Report on plague and inoculation in the Punjab from October 1st ... to September 30th..., being the ... season of plague in the province
Disease focus: Plague
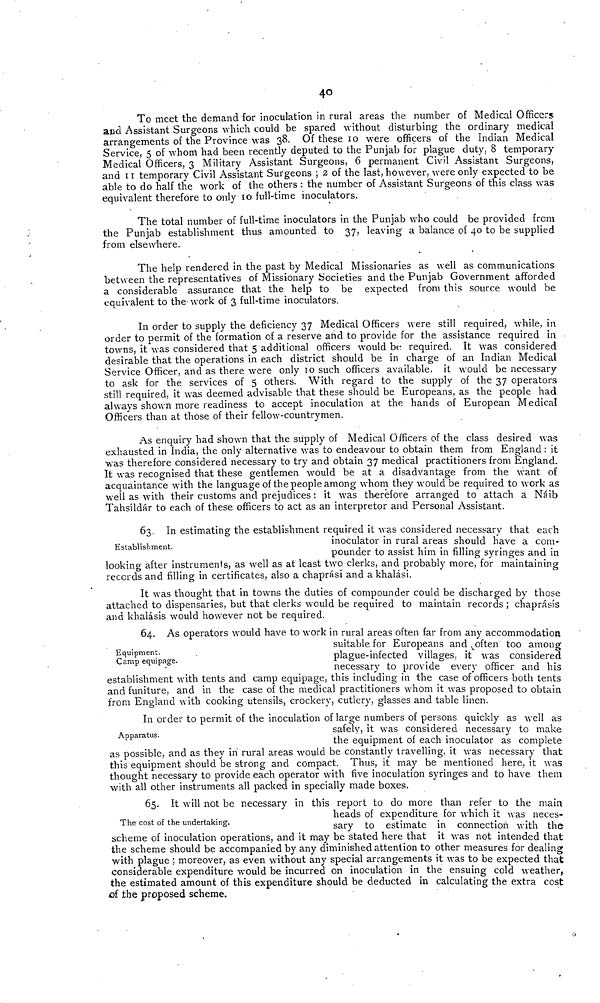
40
To meet the demand for inoculation in rural areas the number of Medical Officers
and Assistant Surgeons which could be spared without disturbing the ordinary medical
arrangements of the Province was 38. Of these 10 were officers of the Indian Medical
Service, 5 of whom had been recently deputed to the Punjab for plague duty, 8 temporary
Medical Officers, 3 Military Assistant Surgeons, 6 permanent Civil Assistant Surgeons,
and 11 temporary Civil Assistant Surgeons ; 2 of the last, however, were only expected to be
able to do half the work of the others : the number of Assistant Surgeons of this class was
equivalent therefore to only 10 full-time inoculators.
The total number of full-time inoculators in the Punjab who could be provided from
the Punjab establishment thus amounted to 37, leaving a balance of 40 to be supplied
from elsewhere.
The help rendered in the past by Medical Missionaries as well as communications
between the representatives of Missionary Societies and the Punjab Government afforded
a considerable assurance that the help to be expected from this source would be
equivalent to the work of 3 full-time inoculators.
In order to supply the deficiency 37 Medical Officers were still required, while, in
order to permit of the formation of a reserve and to provide for the assistance required in
towns, it was considered that 5 additional officers would be required. It was considered
desirable that the operations in each district should be in charge of an Indian Medical
Service Officer, and as there were only 10 such officers available, it would be necessary
to ask for the services of 5 others. With regard to the supply of the 37 operators
still required, it was deemed advisable that these should be Europeans, as the people had
always shown more readiness to accept inoculation at the hands of European Medical
Officers than at those of their fellow-countrymen.
As enquiry had shown that the supply of Medical Officers of the class desired was
exhausted in India, the only alternative was to endeavour to obtain them from England : it
was therefore considered necessary to try and obtain 37 medical practitioners from England.
It was recognised that these gentlemen would be at a disadvantage from the want of
acquaintance with the language of the people among whom they would be required to work as
well as with their customs and prejudices : it was therefore arranged to attach a Náib
Tahsíldár to each of these officers to act as an interpretor and Personal Assistant.
Establishment.
63. In estimating the establishment required it was considered necessary that each
inoculator in rural areas should have a com-
pounder to assist him in filling syringes and in
looking after instruments, as well as at least two clerks, and probably more, for maintaining
records and filling in certificates, also a chaprási and a khalási.
It was thought that in towns the duties of compounder could be discharged by those
attached to dispensaries, but that clerks would be required to maintain records ; chaprásís
and khalásis would however not be required.
Equipment.
Camp equipage.
64. As operators would have to work in rural areas often far from any accommodation
suitable for Europeans and often too among
plague-infected villages, it was considered
necessary to provide every officer and his
establishment with tents and camp equipage, this including in the case of officers both tents
and funiture, and in the case of the medical practitioners whom it was proposed to obtain
from England with cooking utensils, crockery, cutlery, glasses and table linen.
Apparatus.
In order to permit of the inoculation of large numbers of persons quickly as well as
safely, it was considered necessary to make
the equipment of each inoculator as complete
as possible, and as they in rural areas would be constantly travelling, it was necessary that
this equipment should be strong and compact. Thus, it may be mentioned here, it was
thought necessary to provide each operator with five inoculation syringes and to have them
with all other instruments all packed in specially made boxes.
The cost of the undertaking.
65. It will not be necessary in this report to do more than refer to the main
heads of expenditure for which it was neces-
sary to estimate in connection with the
scheme of inoculation operations, and it may be stated here that it was not intended that
the scheme should be accompanied by any diminished attention to other measures for dealing
with plague ; moreover, as even without any special arrangements it was to be expected that
considerable expenditure would be incurred on inoculation in the ensuing cold weather,
the estimated amount of this expenditure should be deducted in calculating the extra cost
of the proposed scheme.